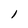
Character: l